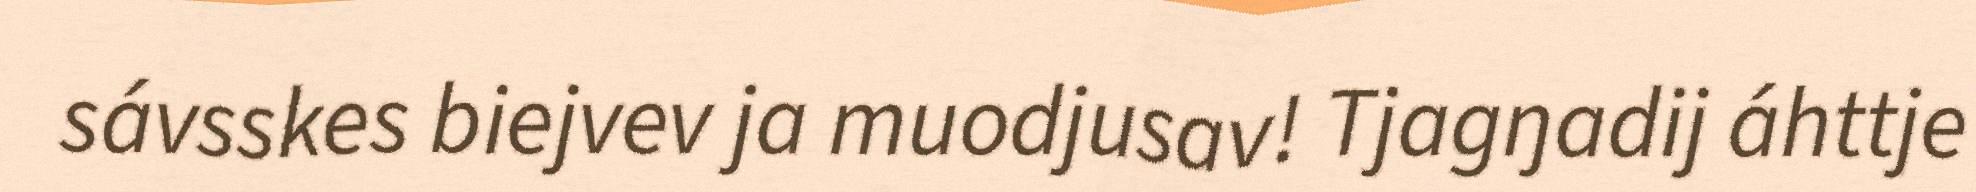
sávsskes biejvev ja muodjusav! Tjagŋadij áhttje